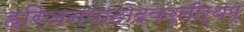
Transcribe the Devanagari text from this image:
हरिजनपादोदकर्तीर्थम्‌